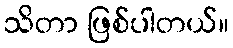
သိတာ ဖြစ်ပါတယ်။